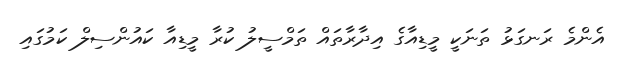
އެންމެ ރަނގަޅު ތަނަކީ މީޑިއާގެ އިދާރާތައް ތަމްސީލު ކުރާ މީޑިއާ ކައުންސިލް ކަމުގައި